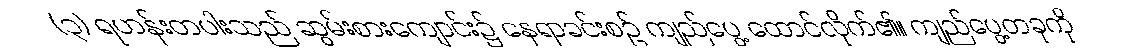
(၃) ရဟန်းတပါးသည် ဆွမ်းစားကျောင်း၌ နေရာခင်းစဉ် ကျည်ပွေ့ ထောင်လိုက်၏။ ကျည်ပွေ့တခုကို